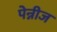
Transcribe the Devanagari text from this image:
पेन्नीज